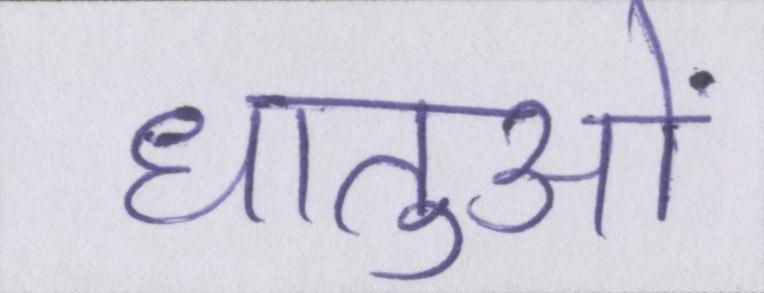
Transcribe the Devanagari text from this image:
धातुओं